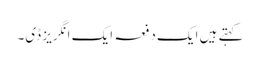
کہتے ہیں ایک دفعہ ایک انگریز ڈی۔